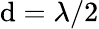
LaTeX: \mathrm{d}=\lambda/2